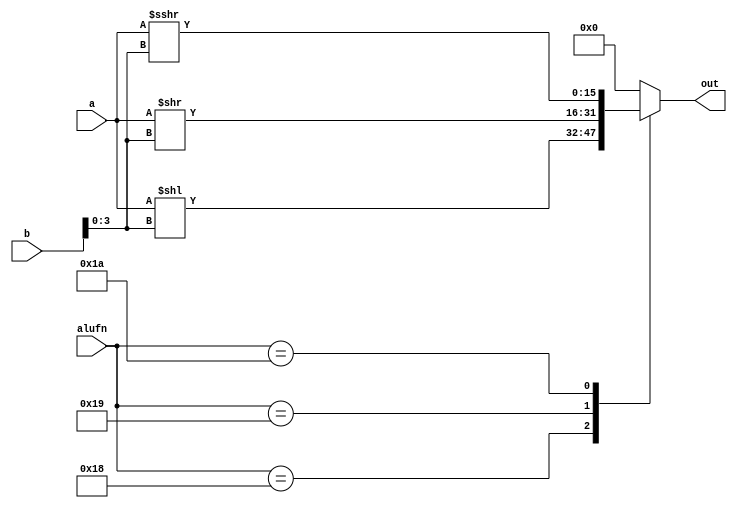
module shift16_6 (
    input [15:0] a,
    input [15:0] b,
    input [4:0] alufn,
    output reg [15:0] out
  );
  
  
  
  always @* begin
    out = 1'h0;
    
    case (alufn)
      5'h18: begin
        out = a << b[0+3-:4];
      end
      5'h19: begin
        out = a >> b[0+3-:4];
      end
      5'h1a: begin
        out = $signed(a) >>> b[0+3-:4];
      end
    endcase
  end
endmodule